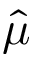
\hat { \mu }